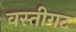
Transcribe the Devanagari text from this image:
वस्तीगट